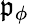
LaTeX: \mathfrak{p}_{\phi}